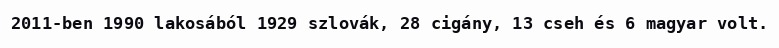
2011-ben 1990 lakosából 1929 szlovák, 28 cigány, 13 cseh és 6 magyar volt.